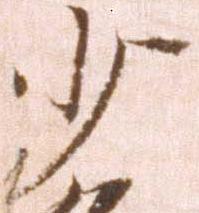
少